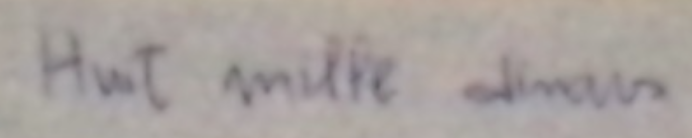
Huit mille dinars